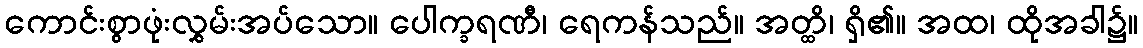
ကောင်းစွာဖုံးလွှမ်းအပ်သော။ ပေါက္ခရဏီ၊ ရေကန်သည်။ အတ္ထိ၊ ရှိ၏။ အထ၊ ထိုအခါ၌။